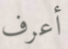
أعرف